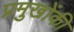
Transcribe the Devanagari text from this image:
प्रमुखोंकी